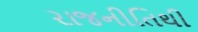
રાજનીતિથી